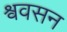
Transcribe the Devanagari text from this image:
श्ववसन